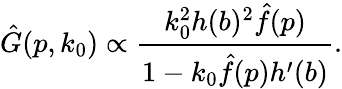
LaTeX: \hat{G}(p,k_{0})\propto{\frac{k_{0}^{2}h(b)^{2}\hat{f}(p)}{1-k_{0}\hat{f}(p)h^{\prime}(b)}}.